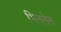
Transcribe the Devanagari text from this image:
भिनलेल